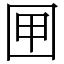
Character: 㘡